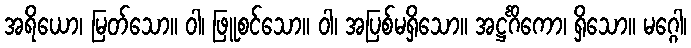
အရိယော၊ မြတ်သော။ ဝါ၊ ဖြူစင်သော။ ဝါ၊ အပြစ်မရှိသော။ အဋ္ဌင်္ဂိကော၊ ရှိသော။ မဂ္ဂေါ၊